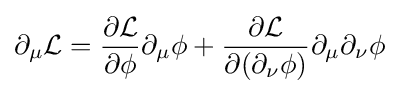
\partial _{\mu }{\mathcal {L}}={\frac {\partial {\mathcal {L}}}{\partial \phi }}\partial _{\mu }\phi +{\frac {\partial {\mathcal {L}}}{\partial (\partial _{\nu }\phi )}}\partial _{\mu }\partial _{\nu }\phi